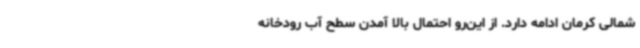
شمالی کرمان ادامه دارد. از این‌رو احتمال بالا آمدن سطح آب رودخانه